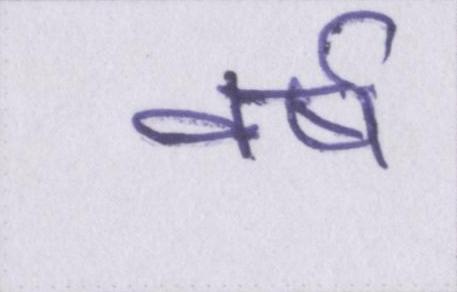
वर्ष